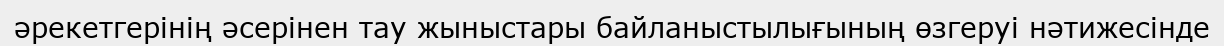
әрекетгерінің әсерінен тау жыныстары байланыстылығының өзгеруі нәтижесінде